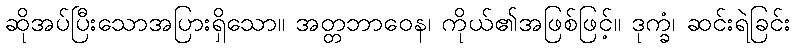
ဆိုအပ်ပြီးသောအပြားရှိသော။ အတ္တဘာဝေန၊ ကိုယ်၏အဖြစ်ဖြင့်။ ဒုက္ခံ၊ ဆင်းရဲခြင်း